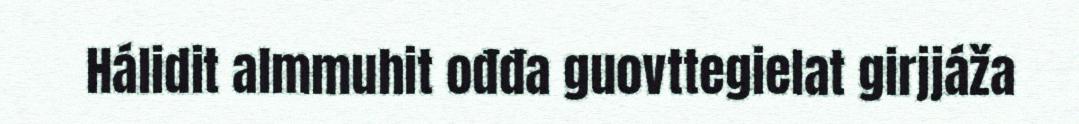
Hálidit almmuhit ođđa guovttegielat girjjáža